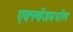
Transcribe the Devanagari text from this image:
एक्स्चेंजमधील